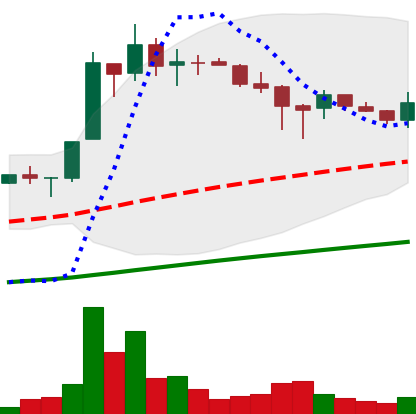
Ticker: LTC-USD
Chart end date: 2017-07-02
Forward return: 12.048%
Label: up_7plus